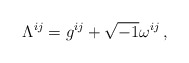
\begin{align*}\Lambda^{ij}=g^{ij}+\sqrt{-1}\omega^{ij}\,,\end{align*}